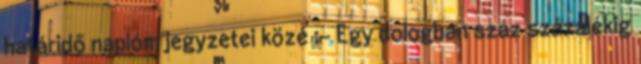
határidő naplóm jegyzetei közé ;- Egy dologban száz százalékig